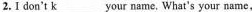
2. I don't \underline{k}___ your name. What's your name,